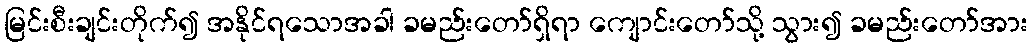
မြင်းစီးချင်းတိုက်၍ အနိုင်ရသောအခါ ခမည်းတော်ရှိရာ ကျောင်းတော်သို့ သွား၍ ခမည်းတော်အား